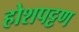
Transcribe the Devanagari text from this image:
होशपट्टण